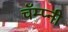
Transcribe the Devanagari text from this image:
चॅम्प्नी